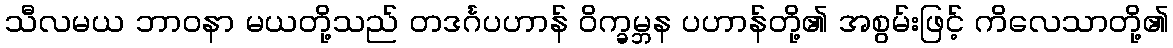
သီလမယ ဘာဝနာ မယတို့သည် တဒင်္ဂပဟာန် ဝိက္ခမ္ဘန ပဟာန်တို့၏ အစွမ်းဖြင့် ကိလေသာတို့၏